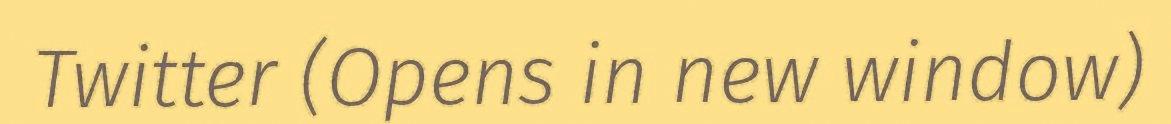
Twitter (Opens in new window)